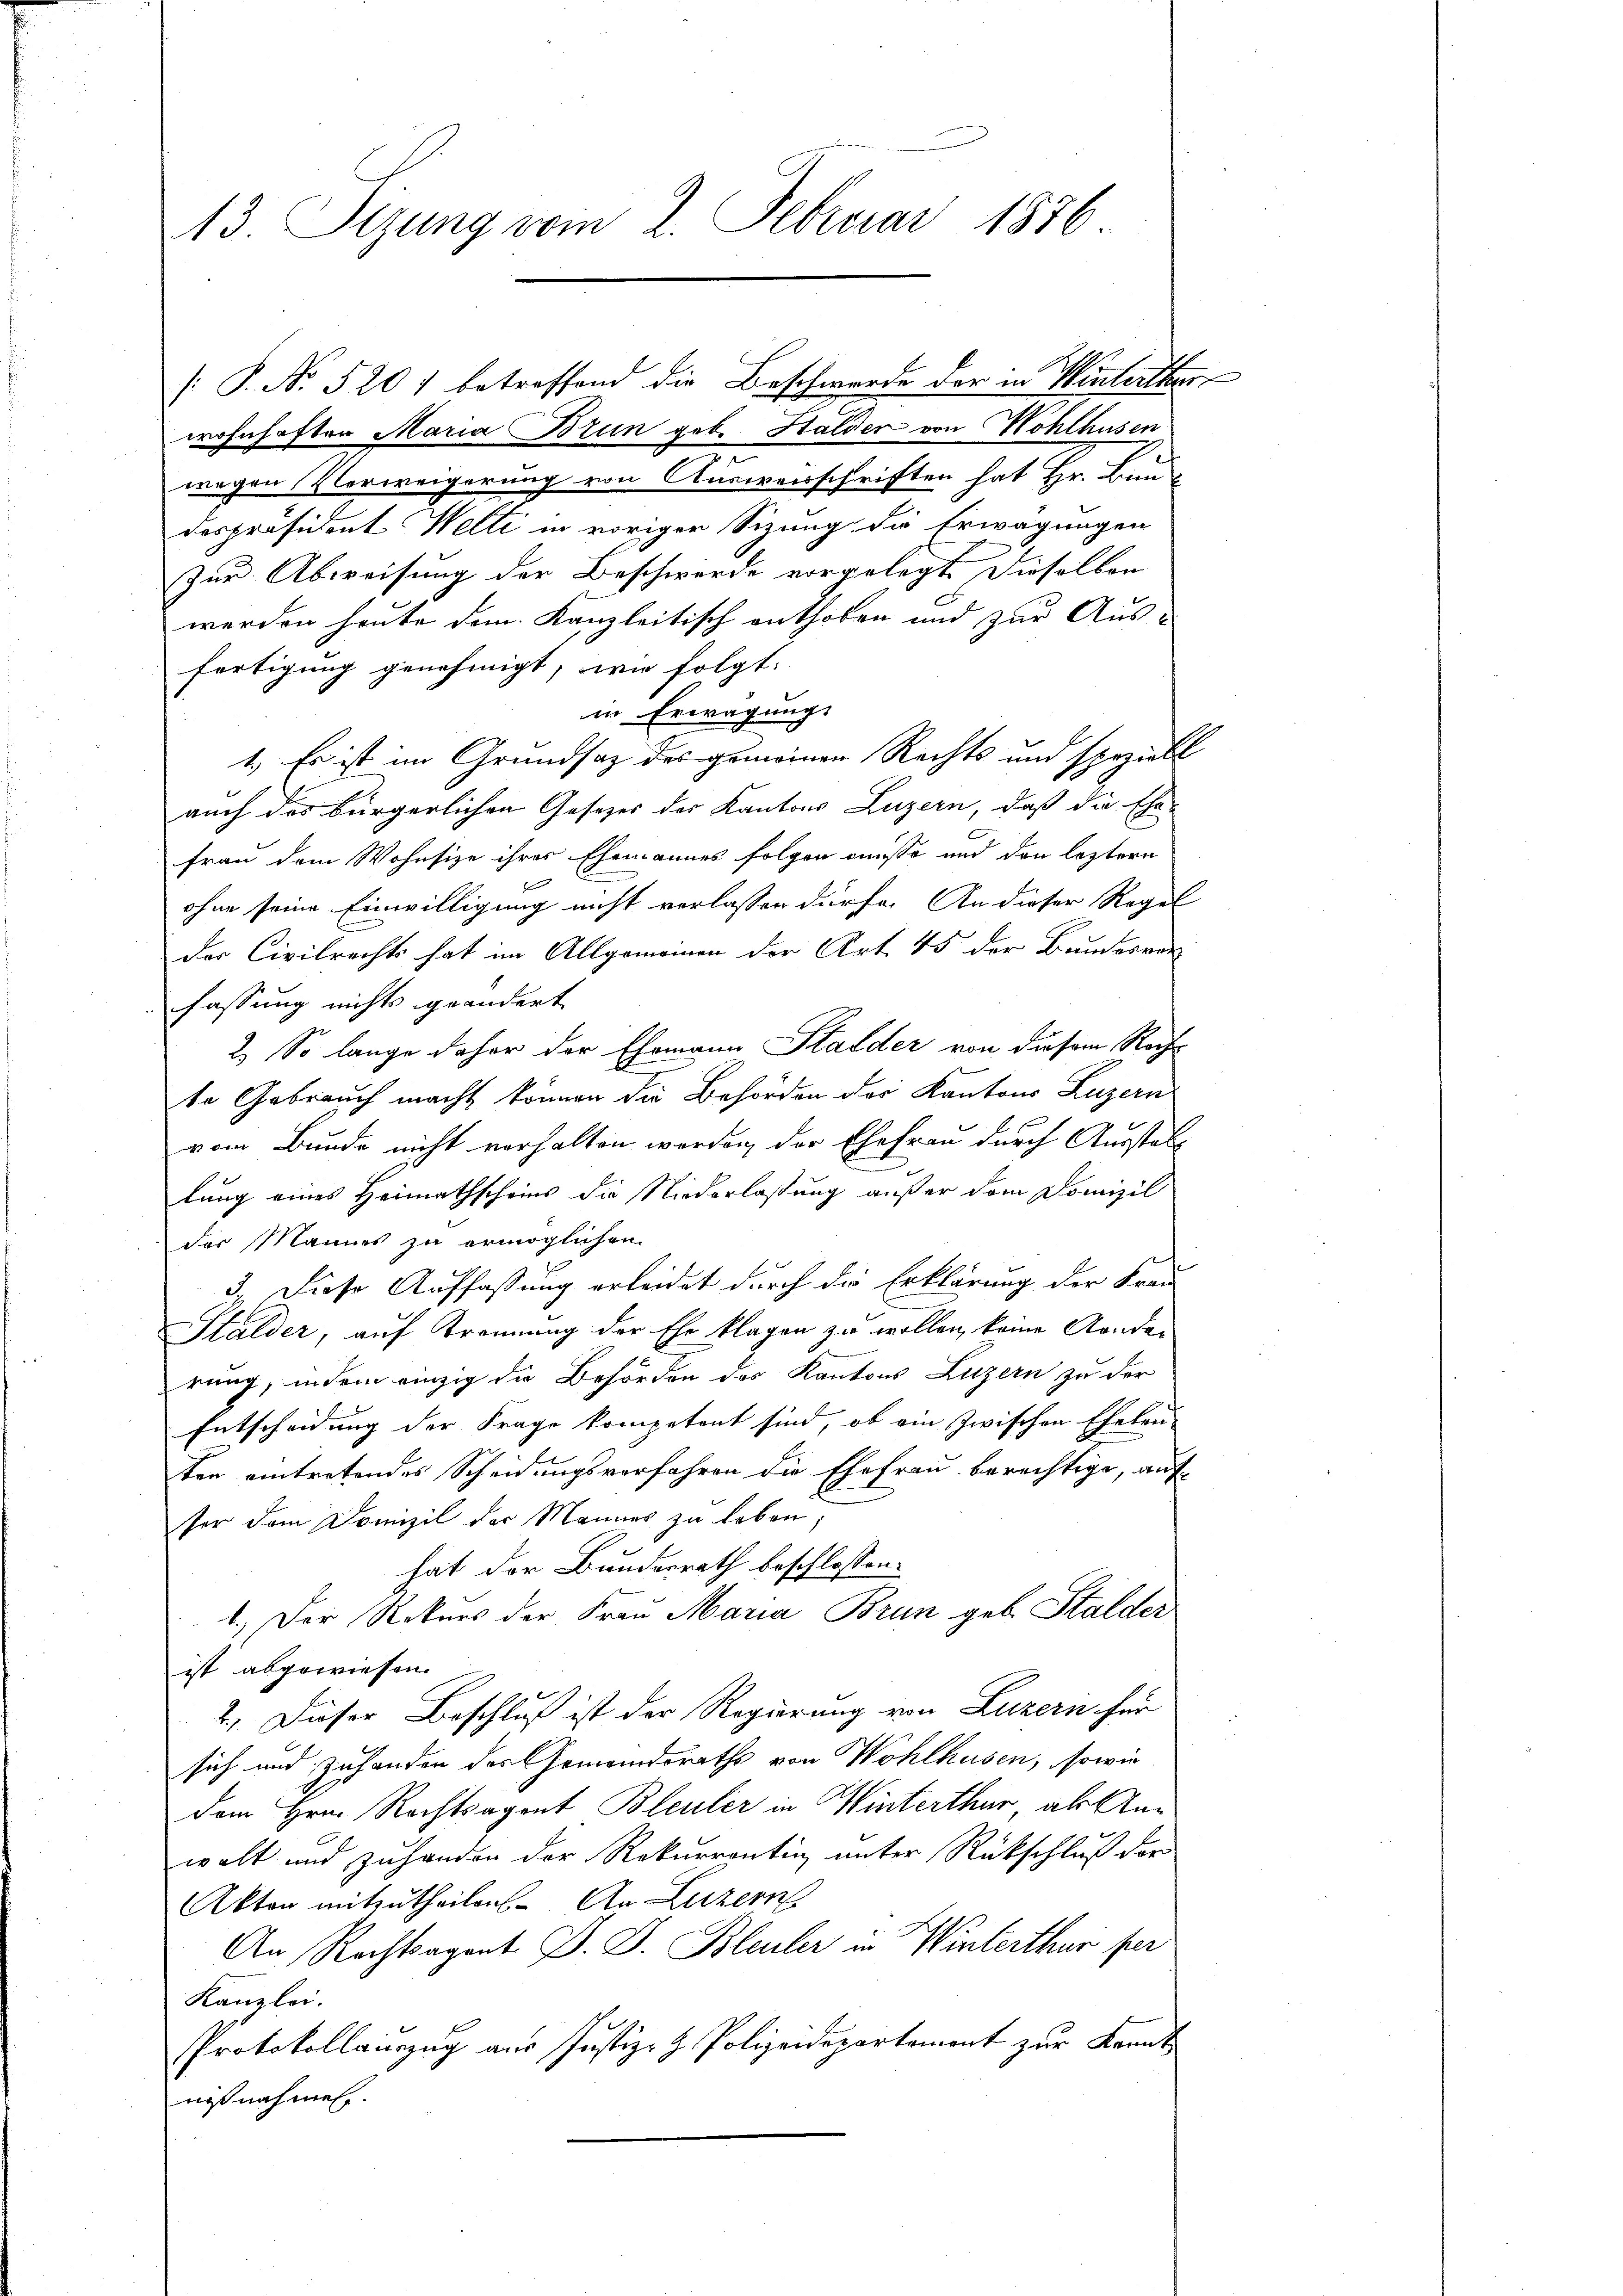
13. Stzung vom 2. Februar 1876.

[: P. No 520) betreffend die Beschwerde der in Winterthur
wohnhaften Maria Brun geb. Halden von Wohlhusen
wegen Verweigerung von Ausweisschriften hat Hr. Bau-
despräsident Welti in voriger Sizung die Erwägungen
Zur Abweisung der Beschwerde vorgelegt. Dieselben
werden heute dem Kanzleitisch enthoben und zur Aus-
fertigung genehmigt, wie folgt.
in Erwägung.
1. Es ist im Grundsatz des gemeinen Rechts und speziell
auch das bürgerlichen Gesetzes des Kantons Luzern, daß die Ehe-
frau dem Wohnsize ihrer Ehemannes folgen müsse und den letztern

ohne seine Einwilligung nicht verlassen dürfe. An dieser Regel
der Civilrechts hat im Allgemeinen der Art. 45 der Bundesver-
fassung nichts geändert
2.) So lange daher der Ehemann Stalder von diesem Recht
te Gebrauch macht können die Behörden der Kantons Luzern
vom Bunde nicht verhalten worden, der Ehefrau durch Ausstell
lung eines Heimathscheins die Niederlassung außer dem Domizil
der Mannes zu ermöglichen
3.) Diese Auffassung erleidet durch die Erklärung der Frau
Stalder, auf Trennung der Ehe klagen zu wollen, keine Aenden
rung, in dem einzig die Behörden des Kantons Luzern zu der
Entscheidung der Frage kompetent sind, ob ein zwischen Eheleu-
ten eintretendes Scheidungsverfahren die Ehefrau berechtige, auf
ser dem Domizil der Mannes zu leben;
hat der Bundesrath beschlossen:
1.) Der Rekurs der Frau Maria Brun geb. Stalder
ist abgewiesen.
2.) Dieser Beschluß ist der Regierung von Luzern für
sich und Zuhanden der Gemeindraths von Wohlhusen, sowie
dem Hrn. Rechtsagent Bleuler in Winterthur als Anwolt und zuhanden der Rekurrentin unter Rückschluß der
Akten mitzutheilen. An Luzern
An Rechtsagent D. J. Bleuler in Winterthur fer
Kanzlei.
Protokollauszug aus Justiz- & Polizeidepartemont zur Kant
mißnahmen.